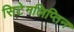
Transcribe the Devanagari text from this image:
सिटेगलिप्तिन